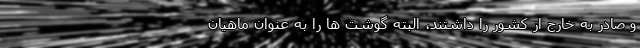
و صادر به خارج از کشور را داشتند، البته گوشت ها را به عنوان ماهیان